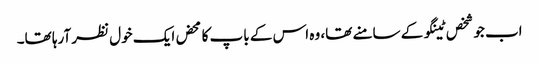
اب جو شخص ٹینگو کے سامنے تھا، وہ اس کے باپ کا محض ایک خول نظر آرہا تھا۔